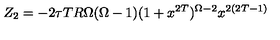
Z _ { 2 } = - 2 \tau T R \Omega ( \Omega - 1 ) ( 1 + x ^ { 2 T } ) ^ { \Omega - 2 } { x ^ { 2 ( 2 T - 1 ) } }